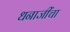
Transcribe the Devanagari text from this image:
धनाजींचा